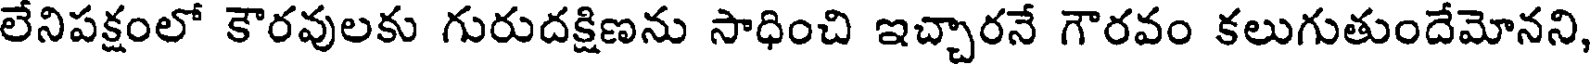
లేనిపక్షంలో కౌరవులకు గురుదక్షిణను సాధించి ఇచ్చారనే గౌరవం కలుగుతుందేమోనని,